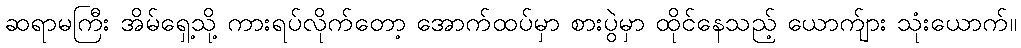
ဆရာမကြီး အိမ်ရှေ့သို့ ကားရပ်လိုက်တော့ အောက်ထပ်မှာ စားပွဲမှာ ထိုင်နေသည့် ယောက်ျား သုံးယောက်။